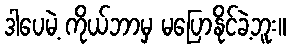
ဒါပေမဲ့ ကိုယ်ဘာမှ မပြောနိုင်ခဲ့ဘူး။